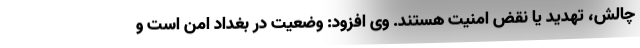
چالش، تهدید یا نقض امنیت هستند. وی افزود: وضعیت در بغداد امن است و